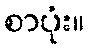
စာပုံး။